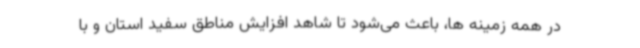
در همه زمینه ها، باعث می‌شود تا شاهد افزایش مناطق سفید استان و با